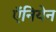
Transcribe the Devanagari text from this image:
ऍनियेन